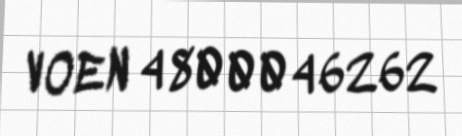
VOEN 4800046262